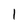
Character: 1